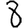
Digit: 8